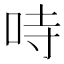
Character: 𠱾